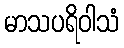
မာသပရိဝါသံ